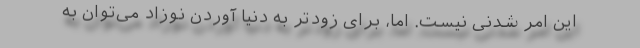
این امر شدنی نیست. اما، برای زودتر به دنیا آوردن نوزاد می‌توان به